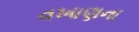
વખાણના